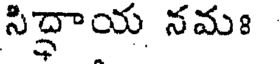
సిద్ధాయ నమః